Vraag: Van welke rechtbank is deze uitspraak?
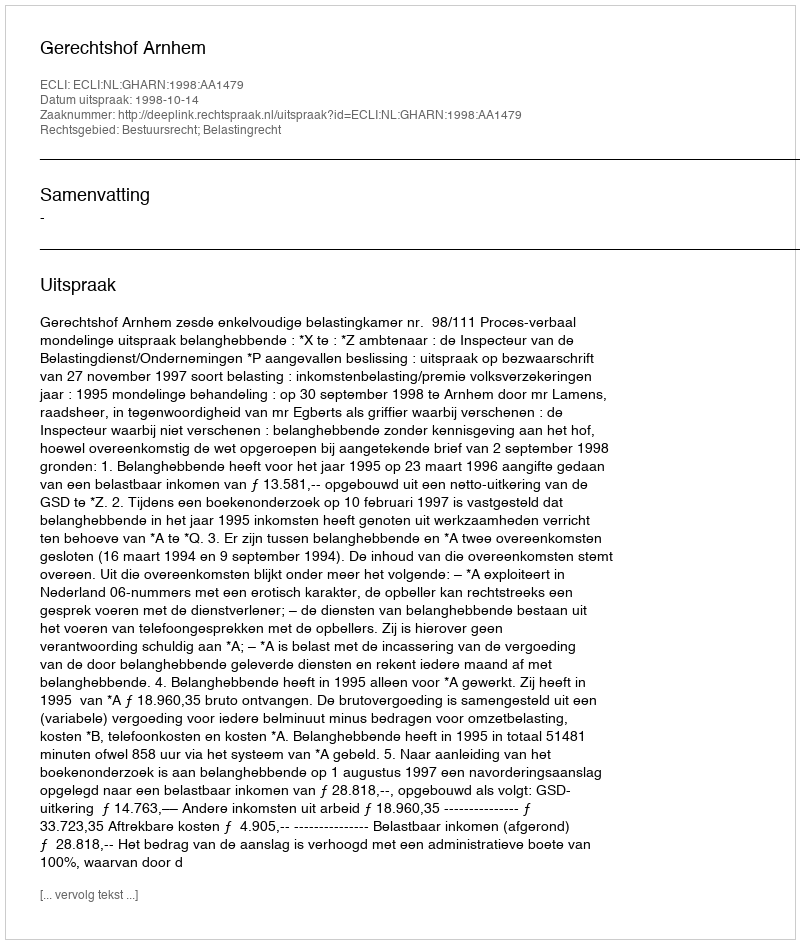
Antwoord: Gerechtshof Arnhem